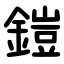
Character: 鎧